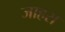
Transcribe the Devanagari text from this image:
जाहरा